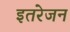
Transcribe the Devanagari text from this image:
इतरेजन